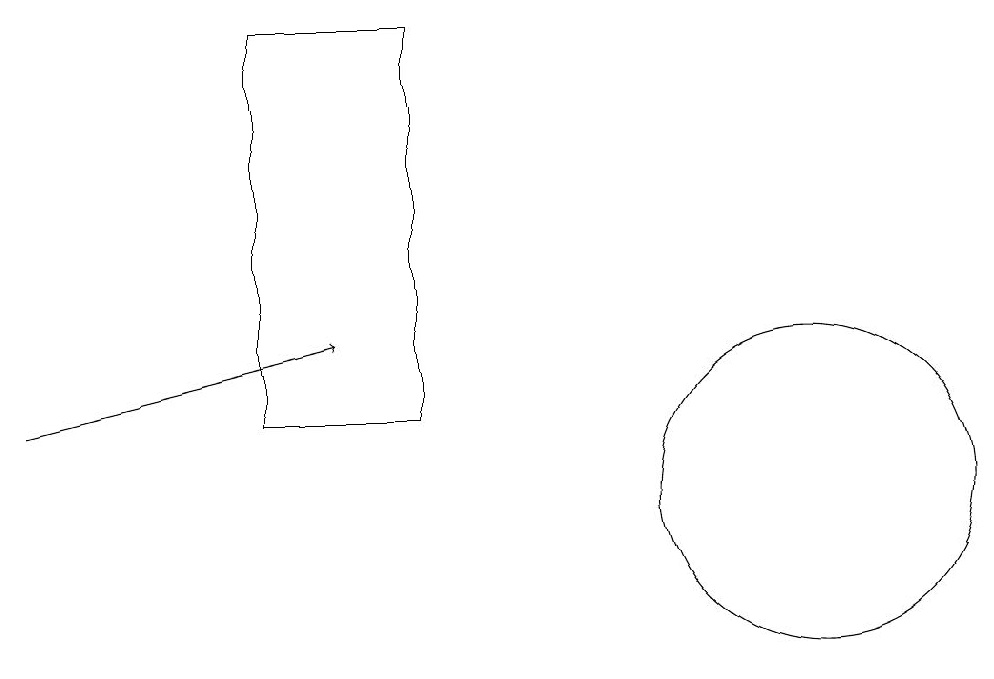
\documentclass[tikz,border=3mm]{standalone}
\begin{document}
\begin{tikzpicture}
\draw[->] (1,12) -- (5,13);
\draw (4,12) rectangle (6,17);
\draw (11,11) circle (2);
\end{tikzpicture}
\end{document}